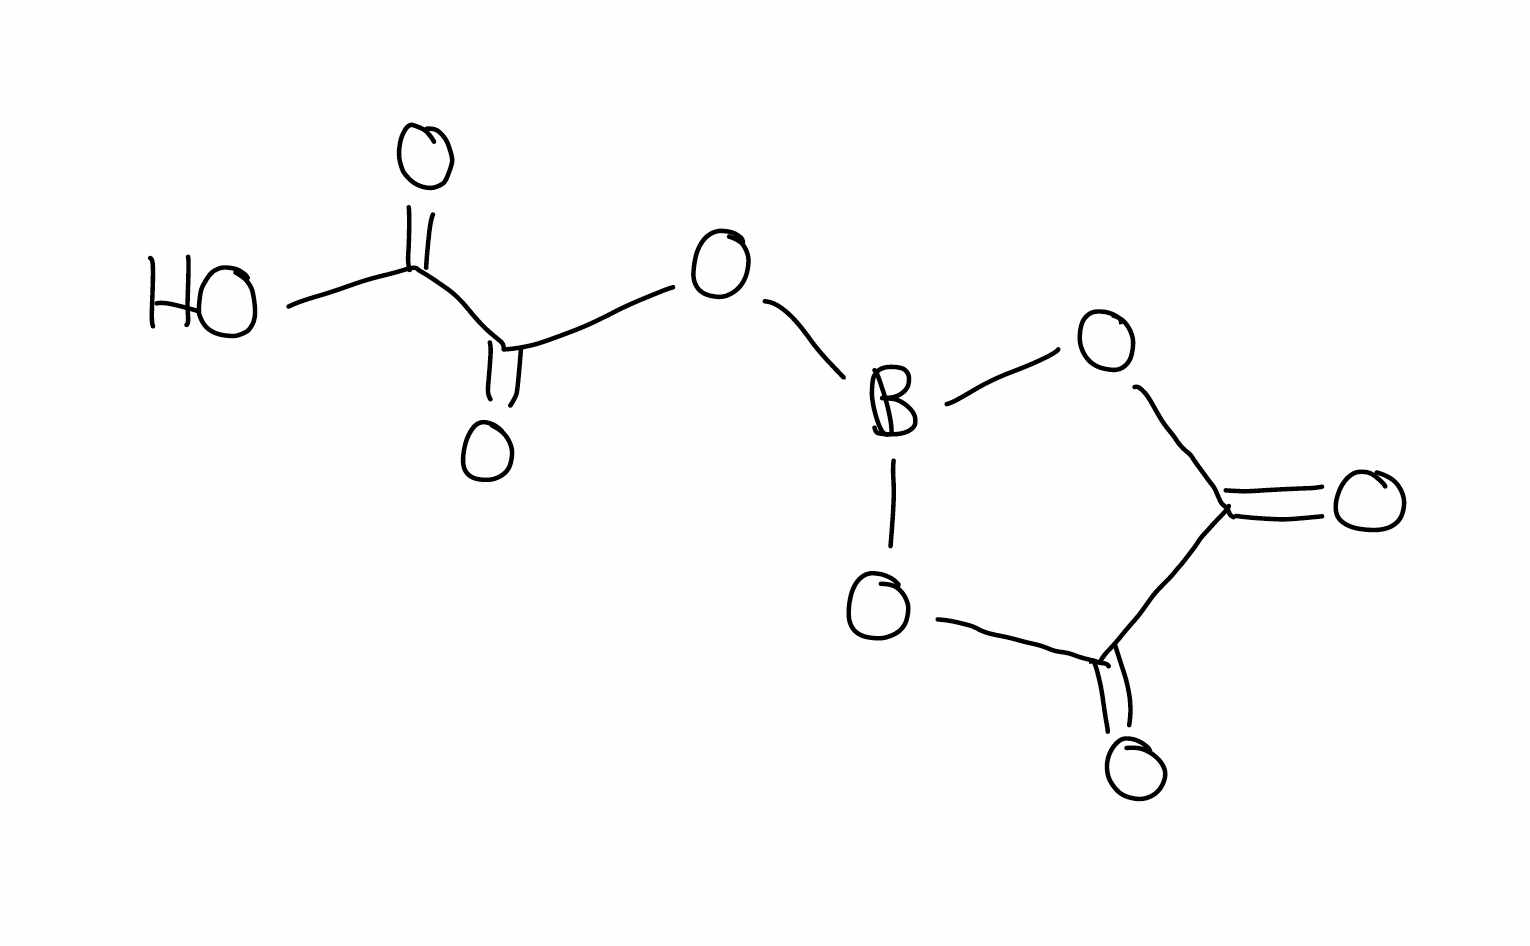
Simplified molecular-input line-entry system (SMILES) notation of the given molecule:
B1(OC(=O)C(=O)O1)OC(=O)C(=O)O